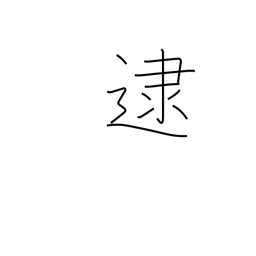
Meaning: apprehend